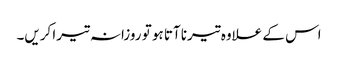
اس کے علاوہ تیرنا آتا ہو تو روزانہ تیرا کریں۔